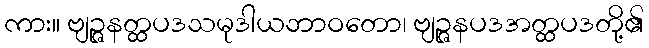
ကား။ ဗျဉ္ဇနတ္ထပဒသမုဒါယဘာဝတော၊ ဗျဉ္ဇနပဒအတ္ထပဒတို့၏